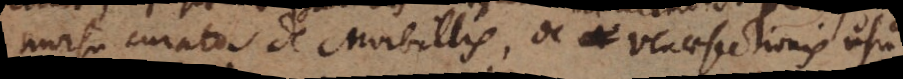
morsu curato. De Morbillis, de venaesectionis usu,